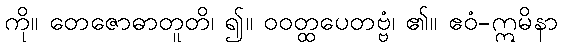
ကို။ တေဇောဓာတူတိ၊ ၍။ ဝဝတ္ထပေတဗ္ဗံ၊ ၏။ ဧဝံ-ဣမိနာ